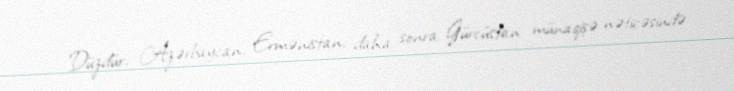
Düzdür, Azərbaycan, Ermənistan, daha sonra Gürcüstan münaqişə nəticəsində